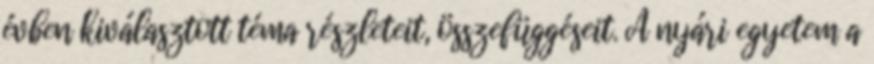
évben kiválasztott téma részleteit, összefüggéseit. A nyári egyetem a